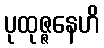
ပုထုဇ္ဇနေဟိ